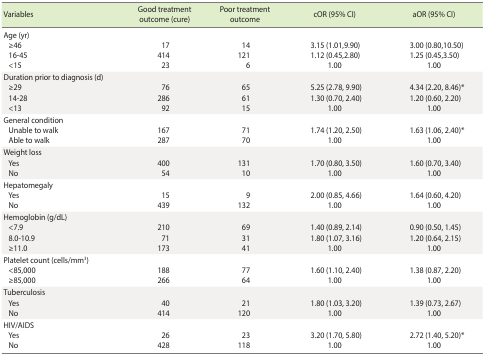
<table><thead><tr><td><b>Variables</b></td><td><b>Good treatment outcome (cure)</b></td><td><b>Poor treatment outcome</b></td><td><b>cOR (95% CI)</b></td><td><b>aOR (95% CI)</b></td></tr></thead><tbody><tr><td>Age (yr)</td><td></td><td></td><td></td><td></td></tr><tr><td> ≥46</td><td>17</td><td>14</td><td>3.15 (1.01,9.90)</td><td>3.00 (0.80,10.50)</td></tr><tr><td> 16-45</td><td>414</td><td>121</td><td>1.12 (0.45,2.80)</td><td>1.25 (0.45,3.50)</td></tr><tr><td> &lt;15</td><td>23</td><td>6</td><td>1.00</td><td>1.00</td></tr><tr><td>Duration prior to diagnosis (d)</td><td></td><td></td><td></td><td></td></tr><tr><td> ≥29</td><td>76</td><td>65</td><td>5.25 (2.78, 9.90)</td><td>4.34 (2.20,8.46)<sup>*</sup></td></tr><tr><td> 14-28</td><td>286</td><td>61</td><td>1.30 (0.70, 2.40)</td><td>1.20 (0.60, 2.20)</td></tr><tr><td> &lt;13</td><td>92</td><td>15</td><td>1.00</td><td>1.00</td></tr><tr><td>General condition</td><td></td><td></td><td></td><td></td></tr><tr><td> Unable to walk</td><td>167</td><td>71</td><td>1.74 (1.20, 2.50)</td><td>1.63 (1.06, 2.40)<sup>*</sup></td></tr><tr><td> Able to walk</td><td>287</td><td>70</td><td>1.00</td><td>1.00</td></tr><tr><td>Weight loss</td><td></td><td></td><td></td><td></td></tr><tr><td> Yes</td><td>400</td><td>131</td><td>1.70 (0.80,3.50)</td><td>1.60 (0.70, 3.40)</td></tr><tr><td> No</td><td>54</td><td>10</td><td>1.00</td><td>1.00</td></tr><tr><td>Hepatomegaly</td><td></td><td></td><td></td><td></td></tr><tr><td> Yes</td><td>15</td><td>9</td><td>2.00 (0.85, 4.66)</td><td>1.64 (0.60, 4.20)</td></tr><tr><td> No</td><td>439</td><td>132</td><td>1.00</td><td>1.00</td></tr><tr><td>Hemoglobin (g/dL)</td><td></td><td></td><td></td><td></td></tr><tr><td> &lt;7.9</td><td>210</td><td>69</td><td>1.40 (0.89, 2.14)</td><td>0.90 (0.50,1.45)</td></tr><tr><td> 8.0-10.9</td><td>71</td><td>31</td><td>1.80 (1.07,3.16)</td><td>1.20 (0.64, 2.15)</td></tr><tr><td> ≥11.0</td><td>173</td><td>41</td><td>1.00</td><td>1.00</td></tr><tr><td>Platelet count (cells/mm<sup>3</sup>)</td><td></td><td></td><td></td><td></td></tr><tr><td> &lt;85,000</td><td>188</td><td>77</td><td>1.60 (1.10, 2.40)</td><td>1.38 (0.87, 2.20)</td></tr><tr><td> ≥85,000</td><td>266</td><td>64</td><td>1.00</td><td>1.00</td></tr><tr><td>Tuberculosis</td><td></td><td></td><td></td><td></td></tr><tr><td> Yes</td><td>40</td><td>21</td><td>1.80 (1.03, 3.20)</td><td>1.39 (0.73, 2.67)</td></tr><tr><td> No</td><td>414</td><td>120</td><td>1.00</td><td>1.00</td></tr><tr><td>HIV/AIDS</td><td></td><td></td><td></td><td></td></tr><tr><td> Yes</td><td>26</td><td>23</td><td>3.20 (1.70, 5.80)</td><td>2.72 (1.40, 5.20)<sup>*</sup></td></tr><tr><td> No</td><td>428</td><td>118</td><td>1.00</td><td>1.00</td></tr></tbody></table>